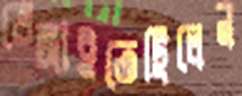
ভেঙ্গাইতেছিলেন